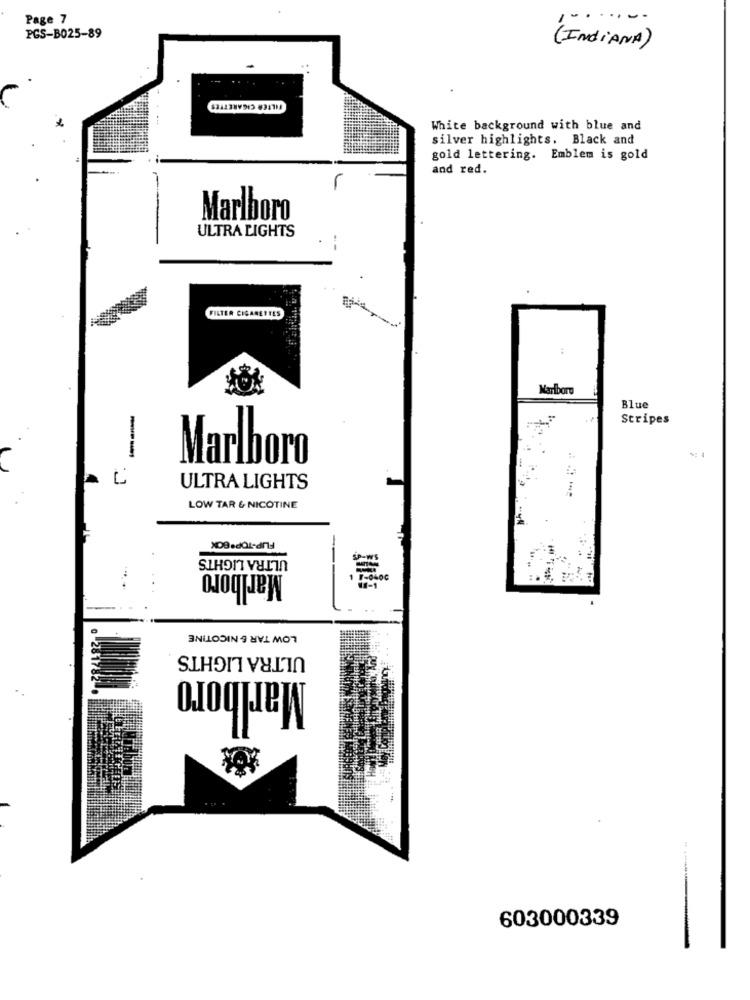
Page 7
.....
PGS-B025-89
(IndiANA)
FILTER CIGARETTES
White background with blue and
silver highlights. Black and
gold lettering. Emblem is gold
and red.
Marlboro
ULTRA LIGHTS
FILTER CIGARETTES
Marlboro
Blue
Stripes
--
Marlboro
ULTRA LIGHTS
LOW TAR & NICOTINE
ULTRA LIGHTS
Marlboro
LOW TAR & NICOTINE
ULTRA LIGHTS
Marlboro
603000339